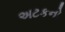
અટકનો